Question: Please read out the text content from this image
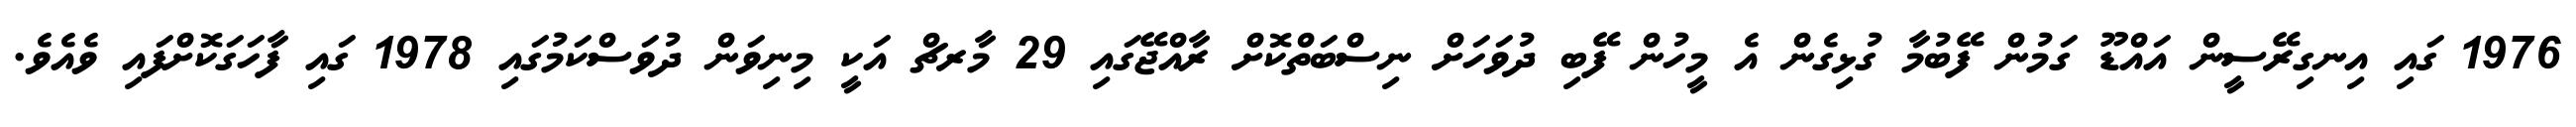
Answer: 1976 ގައި އިނގިރޭސީން އައްޑޫ ގަމުން ފޭބުމާ ގުޅިގެން އެ މީހުން ފޭބި ދުވަހަށް ނިސްބަތްކޮށް ރާއްޖޭގައި 29 މާރޗް އަކީ މިނިވަން ދުވަސްކަމުގައި 1978 ގައި ފާހަގަކޮށްފައި ވެއެވެ.